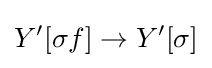
Y^{\prime }[\sigma f]\to Y^{\prime }[\sigma ]